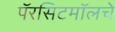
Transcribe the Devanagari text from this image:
पॅरसिटमॉलचे